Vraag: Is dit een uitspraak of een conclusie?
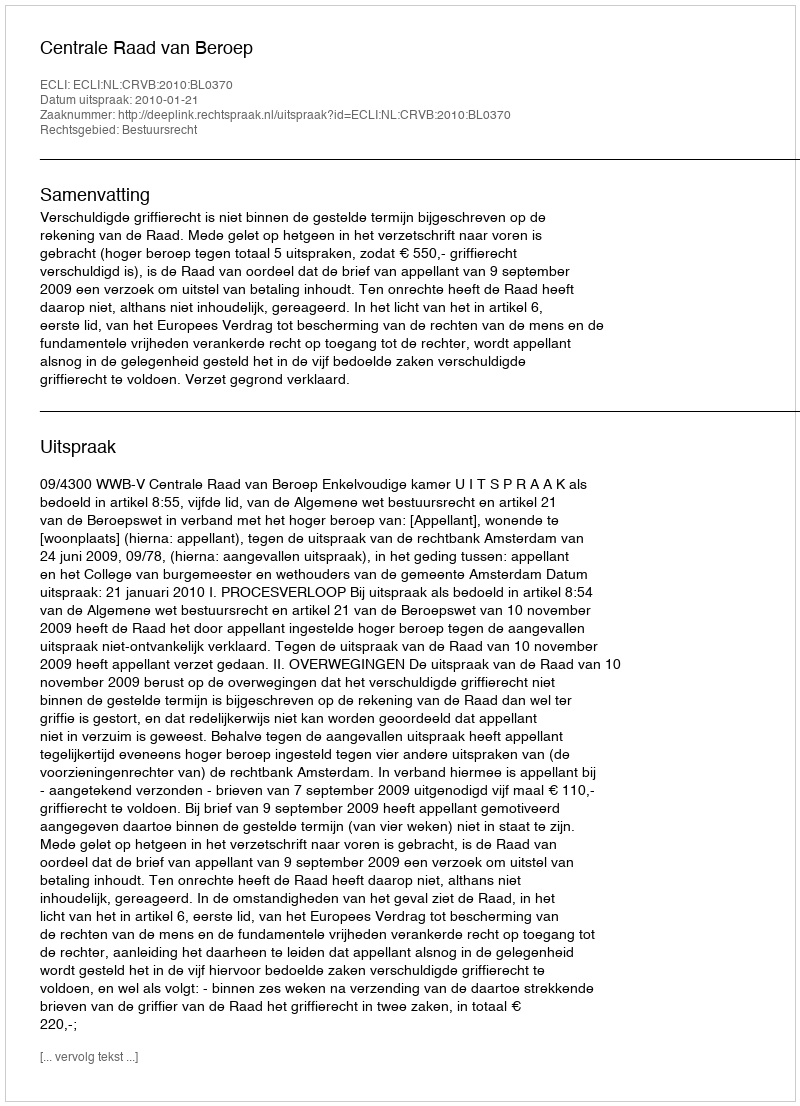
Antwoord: Uitspraak